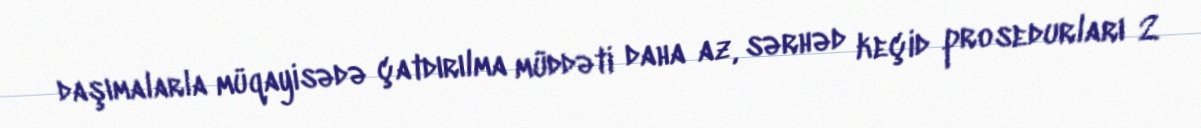
daşımalarla müqayisədə çatdırılma müddəti daha az, sərhəd keçid prosedurları 2